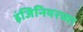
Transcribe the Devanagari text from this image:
इंजिनियरच्या